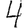
Digit: 4